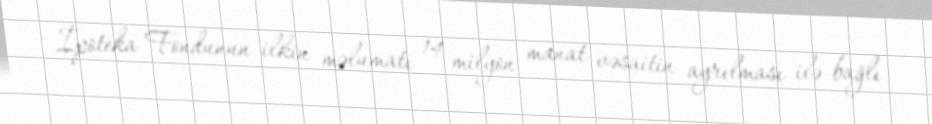
İpoteka Fondunun ilkin məlumatı 14 milyon manat vəsaitin ayrılması ilə bağlı